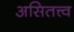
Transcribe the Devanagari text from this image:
असितत्त्व